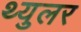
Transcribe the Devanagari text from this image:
थ्युलर